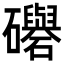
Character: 𥗵